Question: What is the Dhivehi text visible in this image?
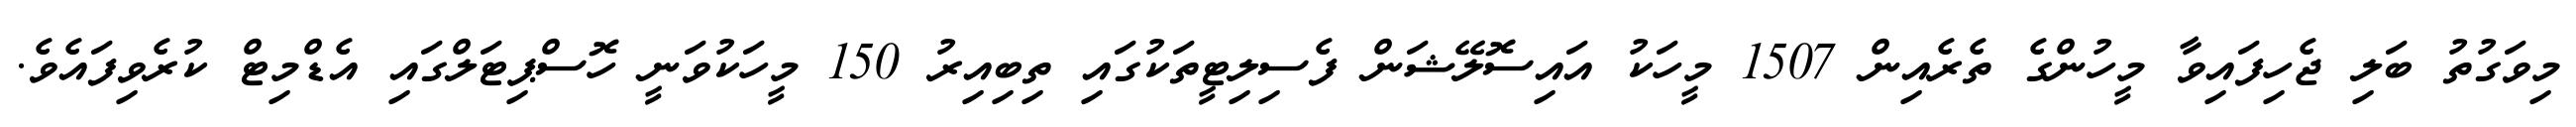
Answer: މިވަގުތު ބަލި ޖެހިފައިވާ މީހުންގެ ތެރެއިން 1507 މީހަކު އައިސޮލޭޝަން ފެސިލިޓީތަކުގައި ތިބިއިރު 150 މީހަކުވަނީ ހޮސްޕިޓަލްގައި އެޑްމިޓް ކުރެވިފައެވެ.